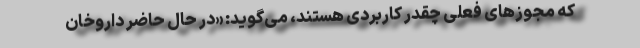
که مجوزهای فعلی چقدر کاربردی هستند، می‌گوید: «در حال حاضر داروخان